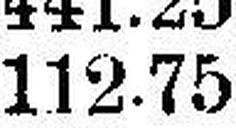
112.75